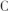
C